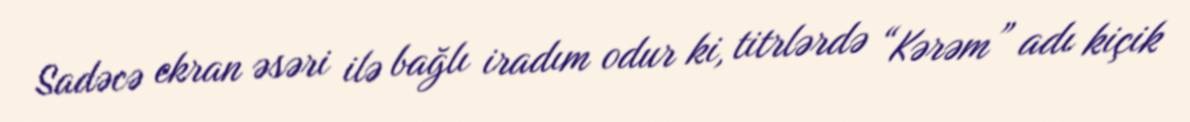
Sadəcə ekran əsəri ilə bağlı iradım odur ki, titrlərdə “Kərəm” adı kiçik